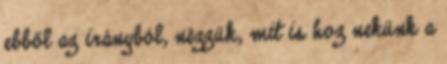
ebből az irányból, nézzük, mit is hoz nekünk a